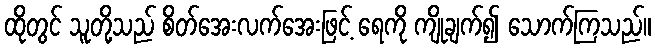
ထိုတွင် သူတို့သည် စိတ်အေးလက်အေးဖြင့် ရေကို ကျိုချက်၍ သောက်ကြသည်။